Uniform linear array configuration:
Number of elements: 16
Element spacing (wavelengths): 1
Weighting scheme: hann
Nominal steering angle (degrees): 60
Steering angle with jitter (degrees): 60.406
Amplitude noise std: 0.05
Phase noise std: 0.05

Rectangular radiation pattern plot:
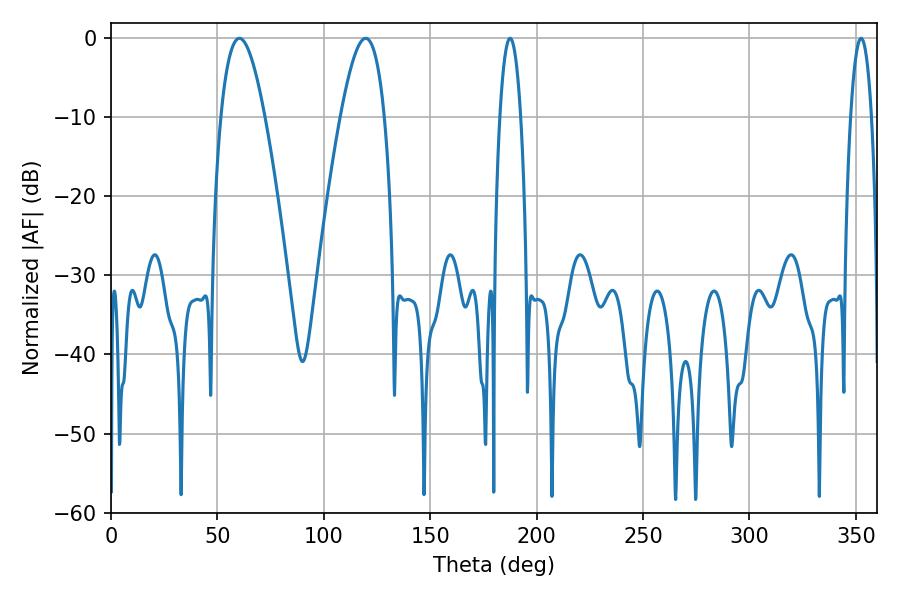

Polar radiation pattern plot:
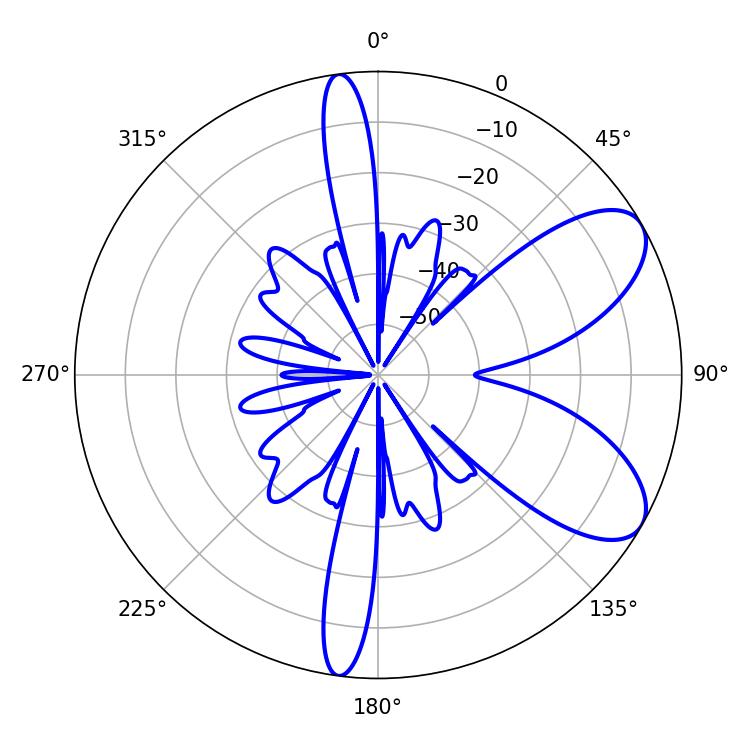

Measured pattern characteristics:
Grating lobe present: TRUE
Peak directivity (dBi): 7.651
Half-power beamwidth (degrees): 11.16
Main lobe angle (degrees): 60.3